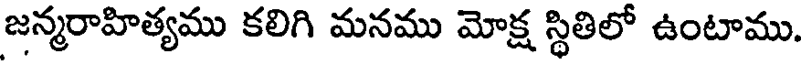
జన్మరాహిత్యము కలిగి మనము మోక్ష స్థితిలో ఉంటాము.